Civil Veterinary Dept. Assam report 1927-50 - 1927-1950
Year: 1927
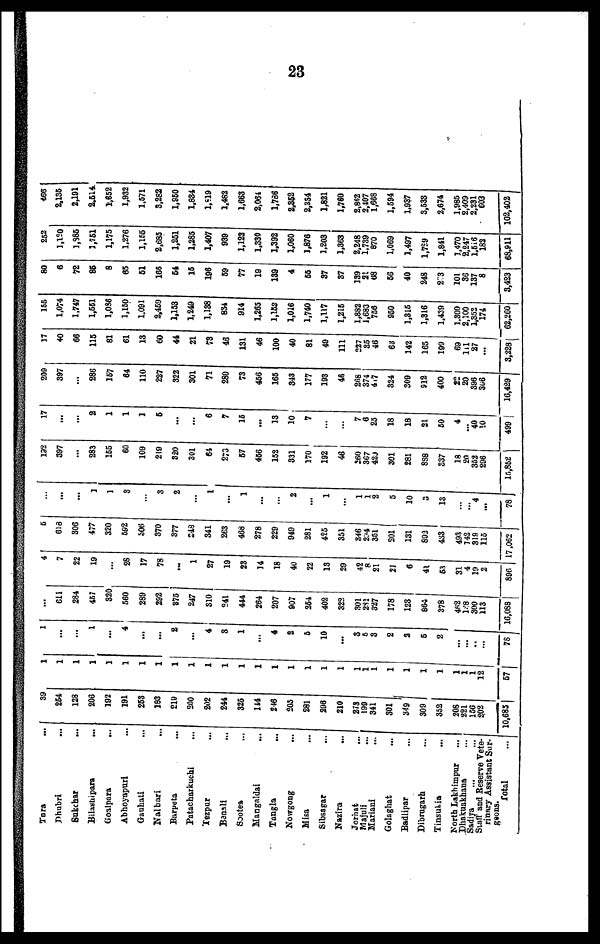
23
Tura ...
Dhubri ...
Sukchar ...
Bilashipara
...
Goalpara
...
Abhoyapuri ...
Gauhati ...
Nalbari ...
Barpeta
...
Patacharkuchi ...
Tezpur
...
Banali ...
Sootea ...
Mangaldai ...
Tangla ...
Nowgong ...
Misa ...
Sibsagar ...
Nazira
...
Jorhat
...
Majuli
...
Mariani ...
Golaghat ...
Badlipar ...
Dibrugarh ...
Tinsukia ...
North Lakhimpur
...
Dhakuakhana ...
Sadiya
...
...
Staff and Reserve Vete-
rinary Assistant Sur-
geons.
Total ...
39
254
128
206
192
191
253
183
219
200
202
244
325
114
246
203
281
398
210
273
199
341
301
349
309
352
208
221
156
202
10,685
1
1
1
1
1
1
1
1
1
1
1
1
1
1
1
1
1
1
1
1
1
1
1
1
1
1
1
1 1
12
57
1
...
...
1
...
4
...
...
2
…
4
3
1
...
4
2
6
10
...
3
5
3
2
2
5
2
...
...
.. …
78
…
611
284
457
320
660
289
292
875
247
810
241
444
264
207
907
254
402
322
301
281
327
178
123
864
378
462
l88
300
113
16,088
4
7
22
19
...
28
17
78
...
1
27
19
23
14
18
40
22
13
29
42
8
21
21
6
41
53
31
4
19 2
896
6
618
306
477
320
502
806
870
377
248
341
263
468
278
229
949
281
425
351
346
234
351
201
131
892
433
493
142
319
115
17,062
…
...
...
1
1
3
…
3
2
…
1
...
1
...
…
2
...
1
…
1
1
2
5
10
2
13
…
...
4
…
78
192
397
…
283
155
60
109
219
320
301
64
273
57
466
152
831
170
192
46
260
367
429
301
281
8S8
837
18
20
352
296
15,862
17
...
...
2
1
1
1
5
...
...
6
7
15
...
13
10
7
...
…
7
6
25
18
18
21
50
4
... 40
10
499
209
397
...
286
157
64
110
227
822
301
71
280
73
456
165
343
177
193
46
268
374
417
324
309
912
400
22
20
396
366
16,429
17
40
66
115
81
61
13
60
44
21
73
46
131
46
100
40
81
49
111
227
85
46
63
142
165
199
69
111
27
…
3,2281
155
1,074
1.747
1,551
1,086
1,150
1,091
2,469
1,153
1,249
1,188
834
914
1,265
1,152
1,016
1,740
1,117
1,215
1,882
1,683
756
950
1,315
1,316
1,439
1.300
2,100
1,352
174
52,260
80
6
72
85
8
65
51
166
54
15
196
59
77
19
139
4
55
87
87
139
21
68
56
40
248
21
101
86
137
8
3,423
252
1,120
1,386
1,751
1,175
1,276
1,155
2,685
1,261
1,285
1,407
939
1,123
1,330
1,392
1,060
1,876
1,203
1,363
2,248
1,739
870
1,069
1,497
1,789
1,841
1,470
2,247
l,516
182
68,911
466
2,135
2,191
2.514
1,652
1,932
1,571
3,282
1,950
1,884
1,819
1,482
1,663
2,064
1,786
2,862
2,354
1,821
1,760
2,862
2,407
1,668
1,594
1,937
3,538
2,674
1,985
2,409
2,231
603
102,402